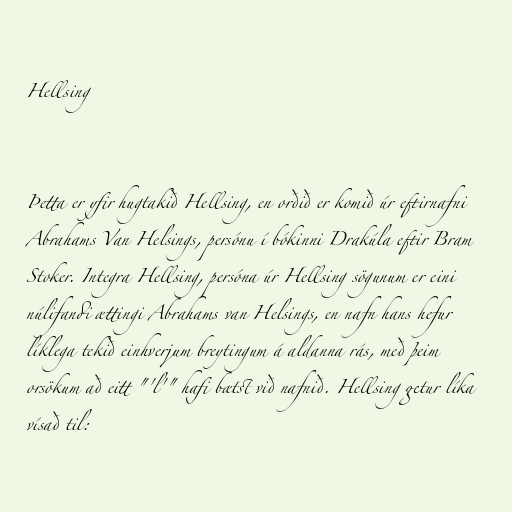
Hellsing

Þetta er yfir hugtakið Hellsing, en orðið er komið úr eftirnafni
Abrahams Van Helsings, persónu í bókinni Drakúla eftir Bram
Stoker. Integra Hellsing, persóna úr Hellsing sögunum er eini
núlifandi ættingi Abrahams van Helsings, en nafn hans hefur
líklega tekið einhverjum breytingum á aldanna rás, með þeim
orsökum að eitt "'l'" hafi bætst við nafnið. Hellsing getur líka
vísað til: